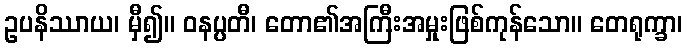
ဥပနိဿာယ၊ မှီ၍။ ဝနပ္ပတီ၊ တော၏အကြီးအမှုးဖြစ်ကုန်သော။ တေရုက္ခာ၊